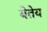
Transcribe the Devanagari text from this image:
येतेय